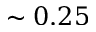
\sim 0 . 2 5